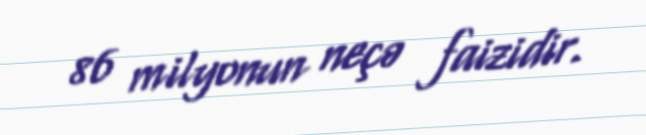
86 milyonun neçə faizidir.